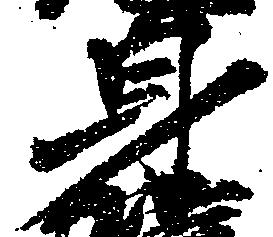
身